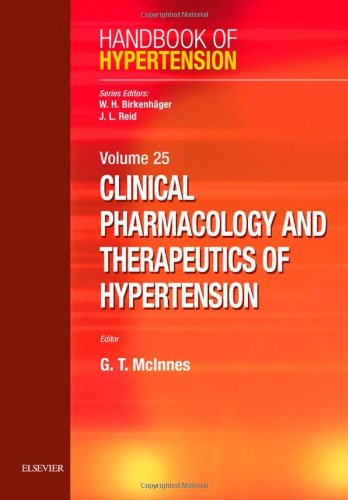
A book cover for Clinical Pharmacology and Therapeutics of Hypertension: Handbook of Hypertension Series, 1e; Gordan McInnes BSc  MD  FRCP  FFPM  FAHA; Medical Books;